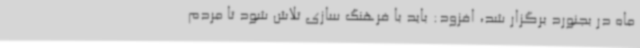
ماه در بجنورد برگزار شد، افزود: باید با فرهنگ سازی تلاش شود تا مردم